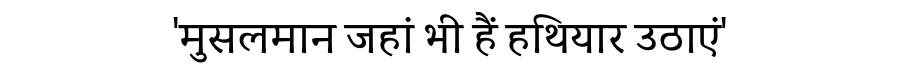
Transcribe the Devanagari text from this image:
'मुसलमान जहां भी हैं हथियार उठाएं'